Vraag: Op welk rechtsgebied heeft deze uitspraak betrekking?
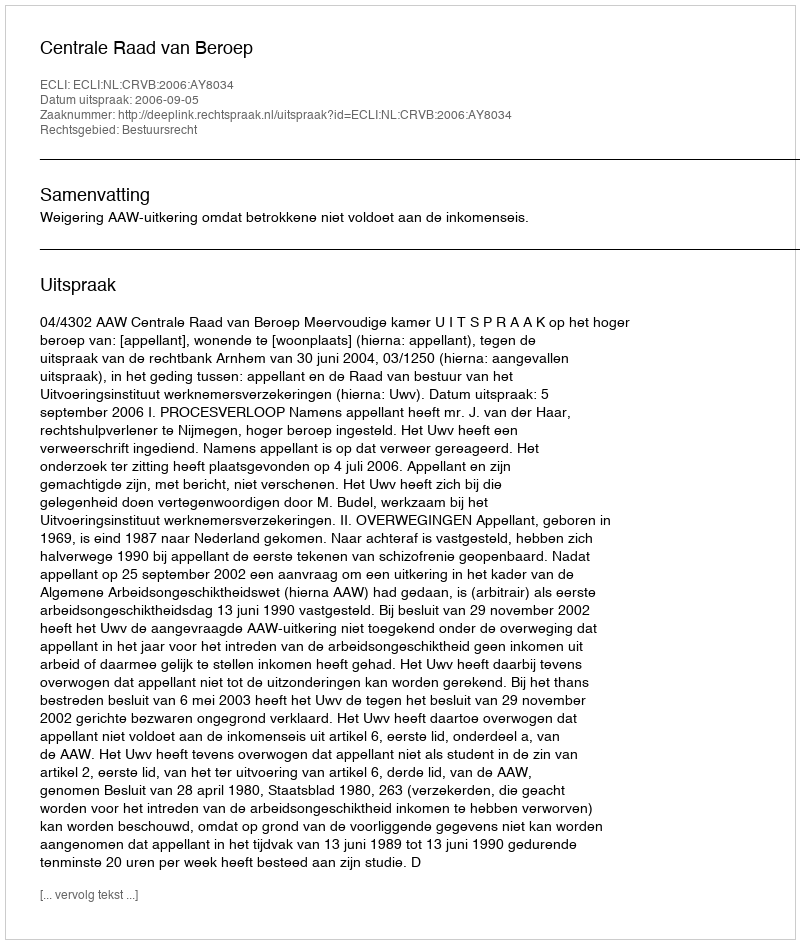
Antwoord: Bestuursrecht